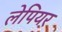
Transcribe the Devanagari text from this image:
लेपियर